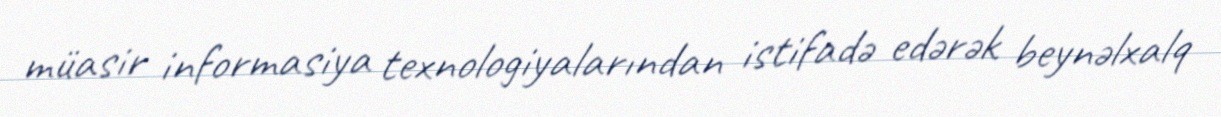
müasir informasiya texnologiyalarından istifadə edərək beynəlxalq